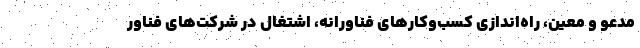
مدعو و معین، راه‌اندازی کسب‌وکارهای فناورانه، اشتغال در شرکت‌های فناور